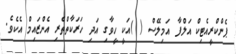
ޕެންކްރީއެޓިކް އަލްފާ އަމިލޭސް ( )އަކީ ހީވާގި އަދި ހަރަކާތްތެރި އެންޒައިމް އެކެވެ.